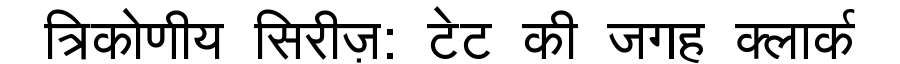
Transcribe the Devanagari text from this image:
त्रिकोणीय सिरीज़: टेट की जगह क्लार्क